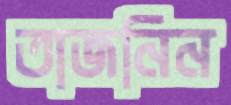
তাজনিন